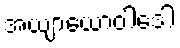
အယျာယောဝါဒေါ